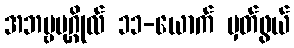
အဘဗ္ဗပုဂ္ဂိုလ် ၁၁-ယောက် မှတ်ဖွယ်